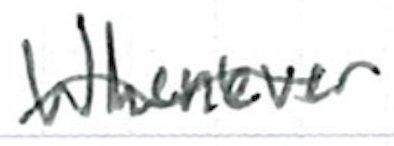
Text: wherever
Cross-out: wave
Writing tool: ballpoint